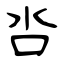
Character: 呇